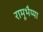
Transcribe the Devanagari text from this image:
रामूभैय्या